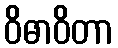
ဝိဓာဝိတာ